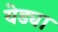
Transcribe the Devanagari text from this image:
येड्या